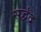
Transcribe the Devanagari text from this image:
सर्द्वद